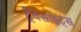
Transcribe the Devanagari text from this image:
ट्रैवेसाइट्स